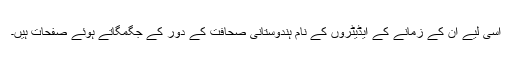
اسی لیے ان کے زمانے کے ایڈیٹروں کے نام ہندوستانی صحافت کے دور کے جگمگاتے ہوئے صفحات ہیں۔